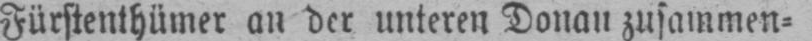
Fürstenthümer an der unteren Donau zusammen⸗